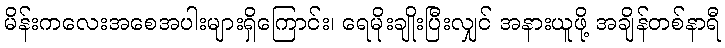
မိန်းကလေးအစေအပါးများရှိကြောင်း၊ ရေမိုးချိုးပြီးလျှင် အနားယူဖို့ အချိန်တစ်နာရီ